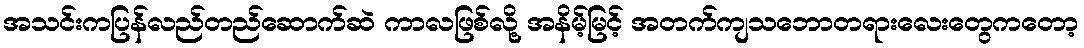
အသင်းကပြန်လည်တည်ဆောက်ဆဲ ကာလဖြစ်လို့ အနိမ့်မြင့် အတက်ကျသဘောတရားလေးတွေကတော့